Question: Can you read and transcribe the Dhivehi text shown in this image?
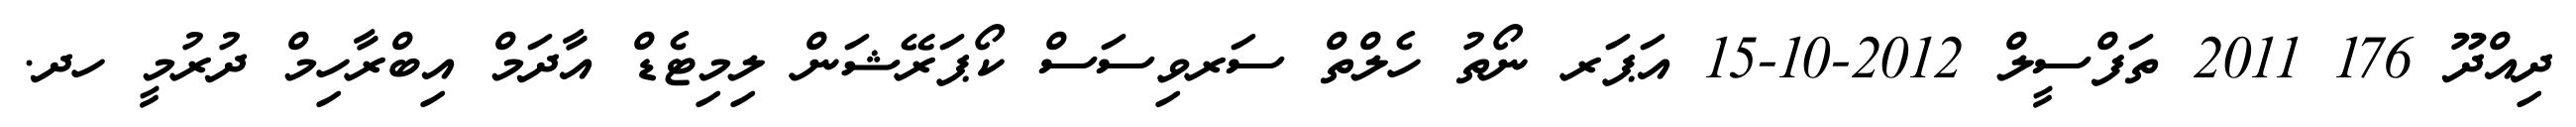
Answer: ދިއްދޫ 176 2011 ތަފްސީލް 2012-10-15 އަޕަރ ނޯތު ހެލްތް ސަރވިސަސް ކޯޕަރޭޝަން ލިމިޓެޑް އާދަމް އިބްރާހިމް ދުރުމީ ހދ.